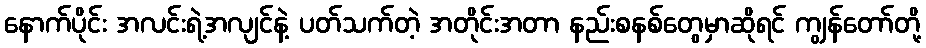
နောက်ပိုင်း အလင်းရဲ့အလျင်နဲ့ ပတ်သက်တဲ့ အတိုင်းအတာ နည်းစနစ်တွေမှာဆိုရင် ကျွန်တော်တို့